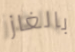
بالغاز